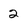
Character: 2